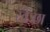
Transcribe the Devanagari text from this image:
स्वेज्छा